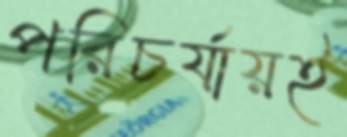
পরিচর্যায়ই